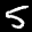
Label: 5